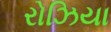
રોઝિયા